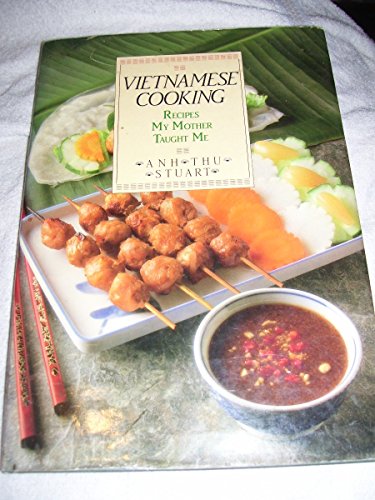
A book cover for Vietnamese Cooking: Recipes My Mother Taught Me; Anh Thu Stuart; Cookbooks, Food & Wine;